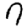
Digit: 7